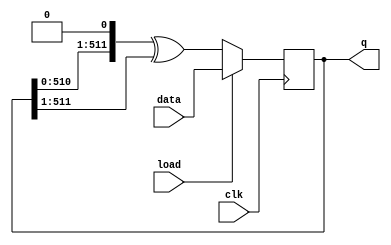
module top_module(
    input clk,
    input load,
    input [511:0] data,
    output [511:0] q ); 
    
    wire [511:0] neighbour_r, neighbour_l;
    
    assign neighbour_r = {q[510:0],1'b0};
    assign neighbour_l = {1'b0,q[511:1]};

    always @(posedge clk) begin
        if (load) begin
            q <= data;
        end
        else begin
            q <= neighbour_r ^ neighbour_l;
        end
    end
   
endmodule